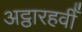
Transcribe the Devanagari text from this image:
अट्ठारहवीँ